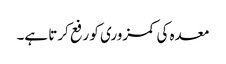
معدہ کی کمزوری کو رفع کرتا ہے۔